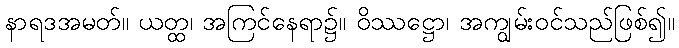
နာရဒအမတ်။ ယတ္ထ၊ အကြင်နေရာ၌။ ဝိဿဋ္ဌော၊ အကျွမ်းဝင်သည်ဖြစ်၍။